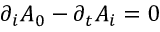
\partial _ { i } A _ { 0 } - \partial _ { t } A _ { i } = 0